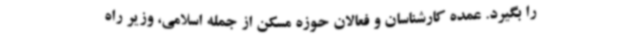
را بگیرد. عمده کارشناسان و فعالان حوزه مسکن از جمله اسلامی، وزیر راه